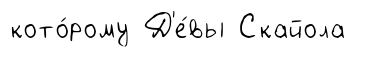
кото́рому Д'е́вы Скайола